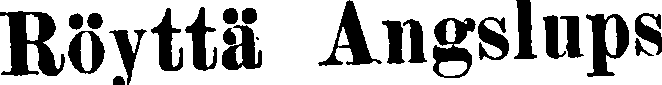
Röyttä Angslups